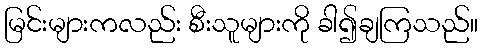
မြင်းများကလည်း စီးသူများကို ခါ၍ချကြသည်။